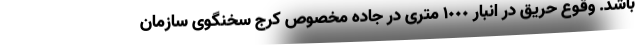
باشد. وقوع حریق در انبار ١٠٠٠ متری در جاده مخصوص کرج سخنگوی سازمان